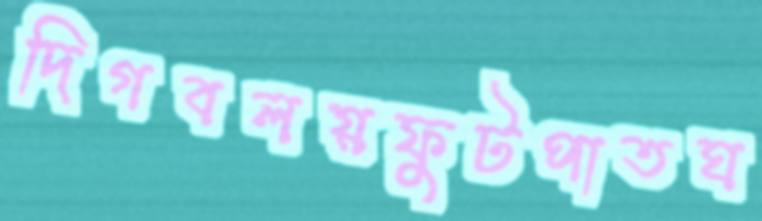
দিগবলয়ফুটপাতঘ